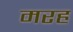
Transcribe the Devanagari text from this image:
मरह